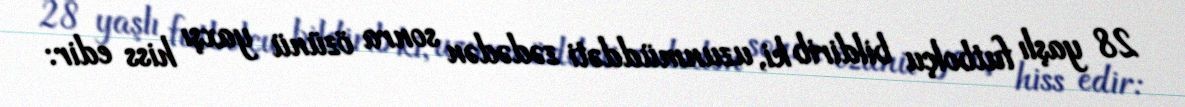
28 yaşlı futbolçu bildirib ki, uzunmüddəti zədədən sonra özünü yaxşı hiss edir: